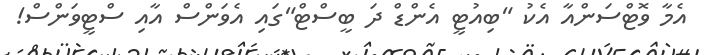
އެމާ ވޮޓްސަންއާ އެކު "ބިއުޓީ އެންޑް ދަ ބީސްޓް"ގައި އެވަންސް އާއި ސްޓީވަންސް!